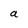
Character: a